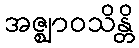
အဇ္ဈာဝသိန္တိ